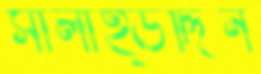
সালাহ্উদ্দিন